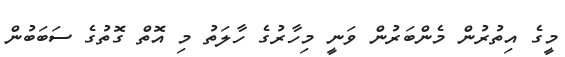
މީގެ އިތުރުން މެންބަރުން ވަނީ މިހާރުގެ ހާލަތު މި އޮތް ގޮތުގެ ސަބަބުން